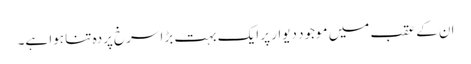
ان کے عقب میں موجود دیوار پر ایک بہت بڑا سرخ پردہ تنا ہوا ہے۔